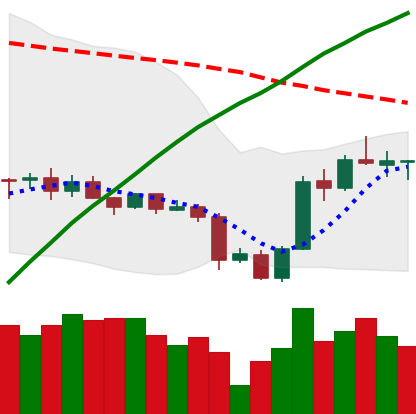
Ticker: ADA-USD
Chart end date: 2020-09-30
Forward return: -3.481%
Label: down_3_5